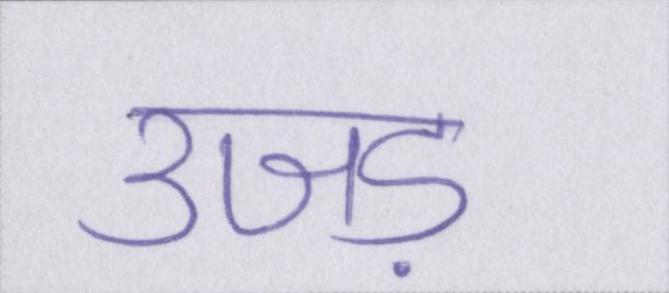
उजड़